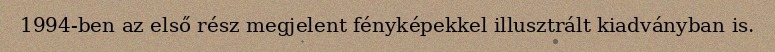
1994-ben az első rész megjelent fényképekkel illusztrált kiadványban is.